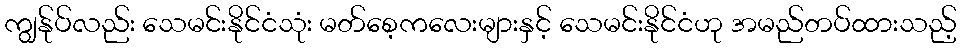
ကျွန်ုပ်လည်း သေမင်းနိုင်ငံသုံး မတ်စေ့ကလေးများနှင့် သေမင်းနိုင်ငံဟု အမည်တပ်ထားသည့်